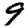
Digit: 9